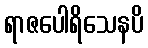
ရာဇပေါရိသေနပိ